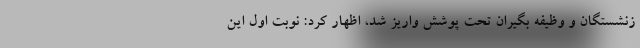
زنشستگان و وظیفه بگیران تحت پوشش واریز شد، اظهار کرد: نوبت اول این